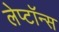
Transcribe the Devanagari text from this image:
लेप्टॉन्स